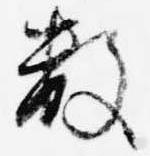
数